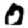
Digit: 0